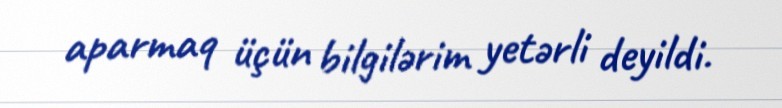
aparmaq üçün bilgilərim yetərli deyildi.